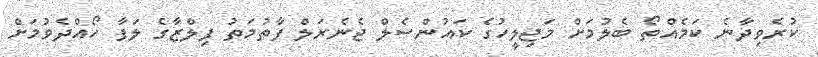
ކުރެވިދާނެ ކަމެއްތޯ ބެލުމަށް މަޖިލީހުގެ ކައުންސެލް ޖެނެރަލް ފާތުމަތު ފިލްޒާގެ ލަފާ ހޯއްދެވުމަށް